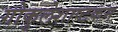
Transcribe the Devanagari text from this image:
गोकुलेशाष्टकम